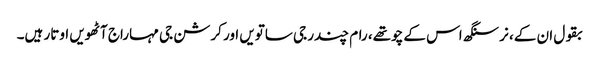
بقول ان کے، نرسنگھ اس کے چوتھے، رام چندر جی ساتویں اور کرشن جی مہاراج آٹھویں اوتار ہیں۔